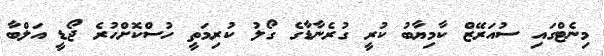
މިނެޓްގައި ސުއަރޭޒް ކާމިޔާބު ކުރީ ގުރެނާޑާގެ ގޯލު ކުރިމަތީ ހުސްކޮށްހުރެ ޖޯޑީ އަލްބާ